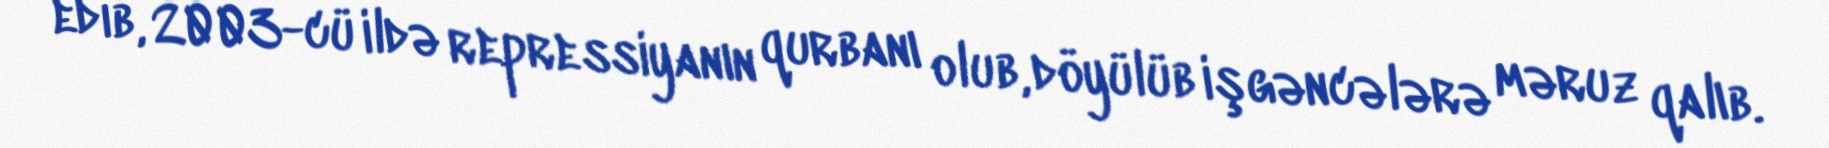
edib, 2003-cü ildə repressiyanın qurbanı olub, döyülüb işgəncələrə məruz qalıb.